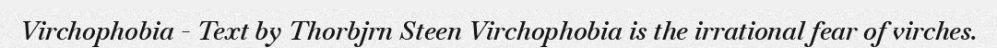
Virchophobia - Text by Thorbjrn Steen Virchophobia is the irrational fear of virches.